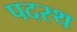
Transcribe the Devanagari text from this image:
पदस्‍थ